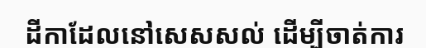
ដីកាដែលនៅសេសសល់ ដើម្បីចាត់ការ